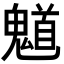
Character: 𮫤